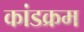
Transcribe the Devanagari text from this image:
कांडक्रम